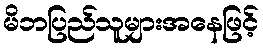
မိဘပြည်သူများအနေဖြင့်